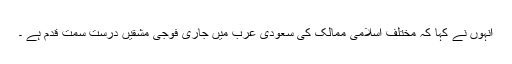
انہوں نے کہا کہ مختلف اسلامی ممالک کی سعودی عرب میں جاری فوجی مشقیں درست سمت قدم ہے ۔